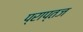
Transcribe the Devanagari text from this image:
प्राप्तज